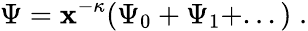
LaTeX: \Psi=\mathbf{x}^{-\kappa}(\Psi_{0}+\Psi_{1}+...)\; .